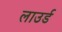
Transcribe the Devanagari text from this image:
लाउर्ड